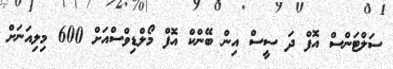
ސަލްޓަންސް އޮފް ދަ ސީސް އިން ބޭންކް އޮފް މޯލްޑިވްސްއަށް 600 މިލިއަނަށް